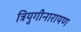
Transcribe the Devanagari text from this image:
त्रियुगीनारायण